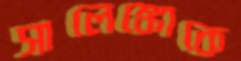
সালেঙ্কোকে